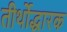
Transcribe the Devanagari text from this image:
तीर्थोद्धारक